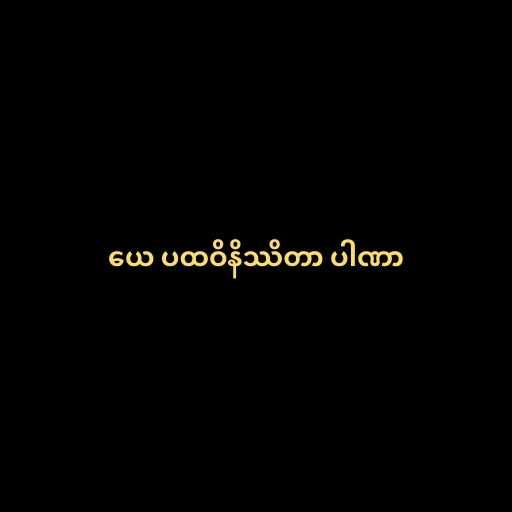
ယေ ပထဝိနိဿိတာ ပါဏာ